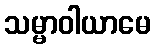
သမ္မာဝါယာမေ